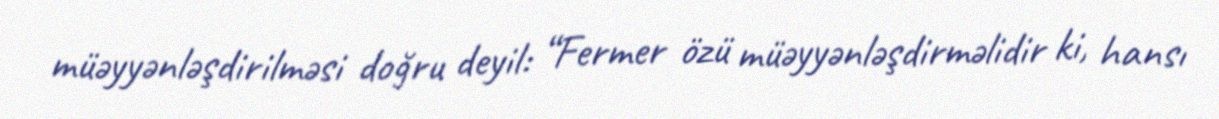
müəyyənləşdirilməsi doğru deyil: “Fermer özü müəyyənləşdirməlidir ki, hansı